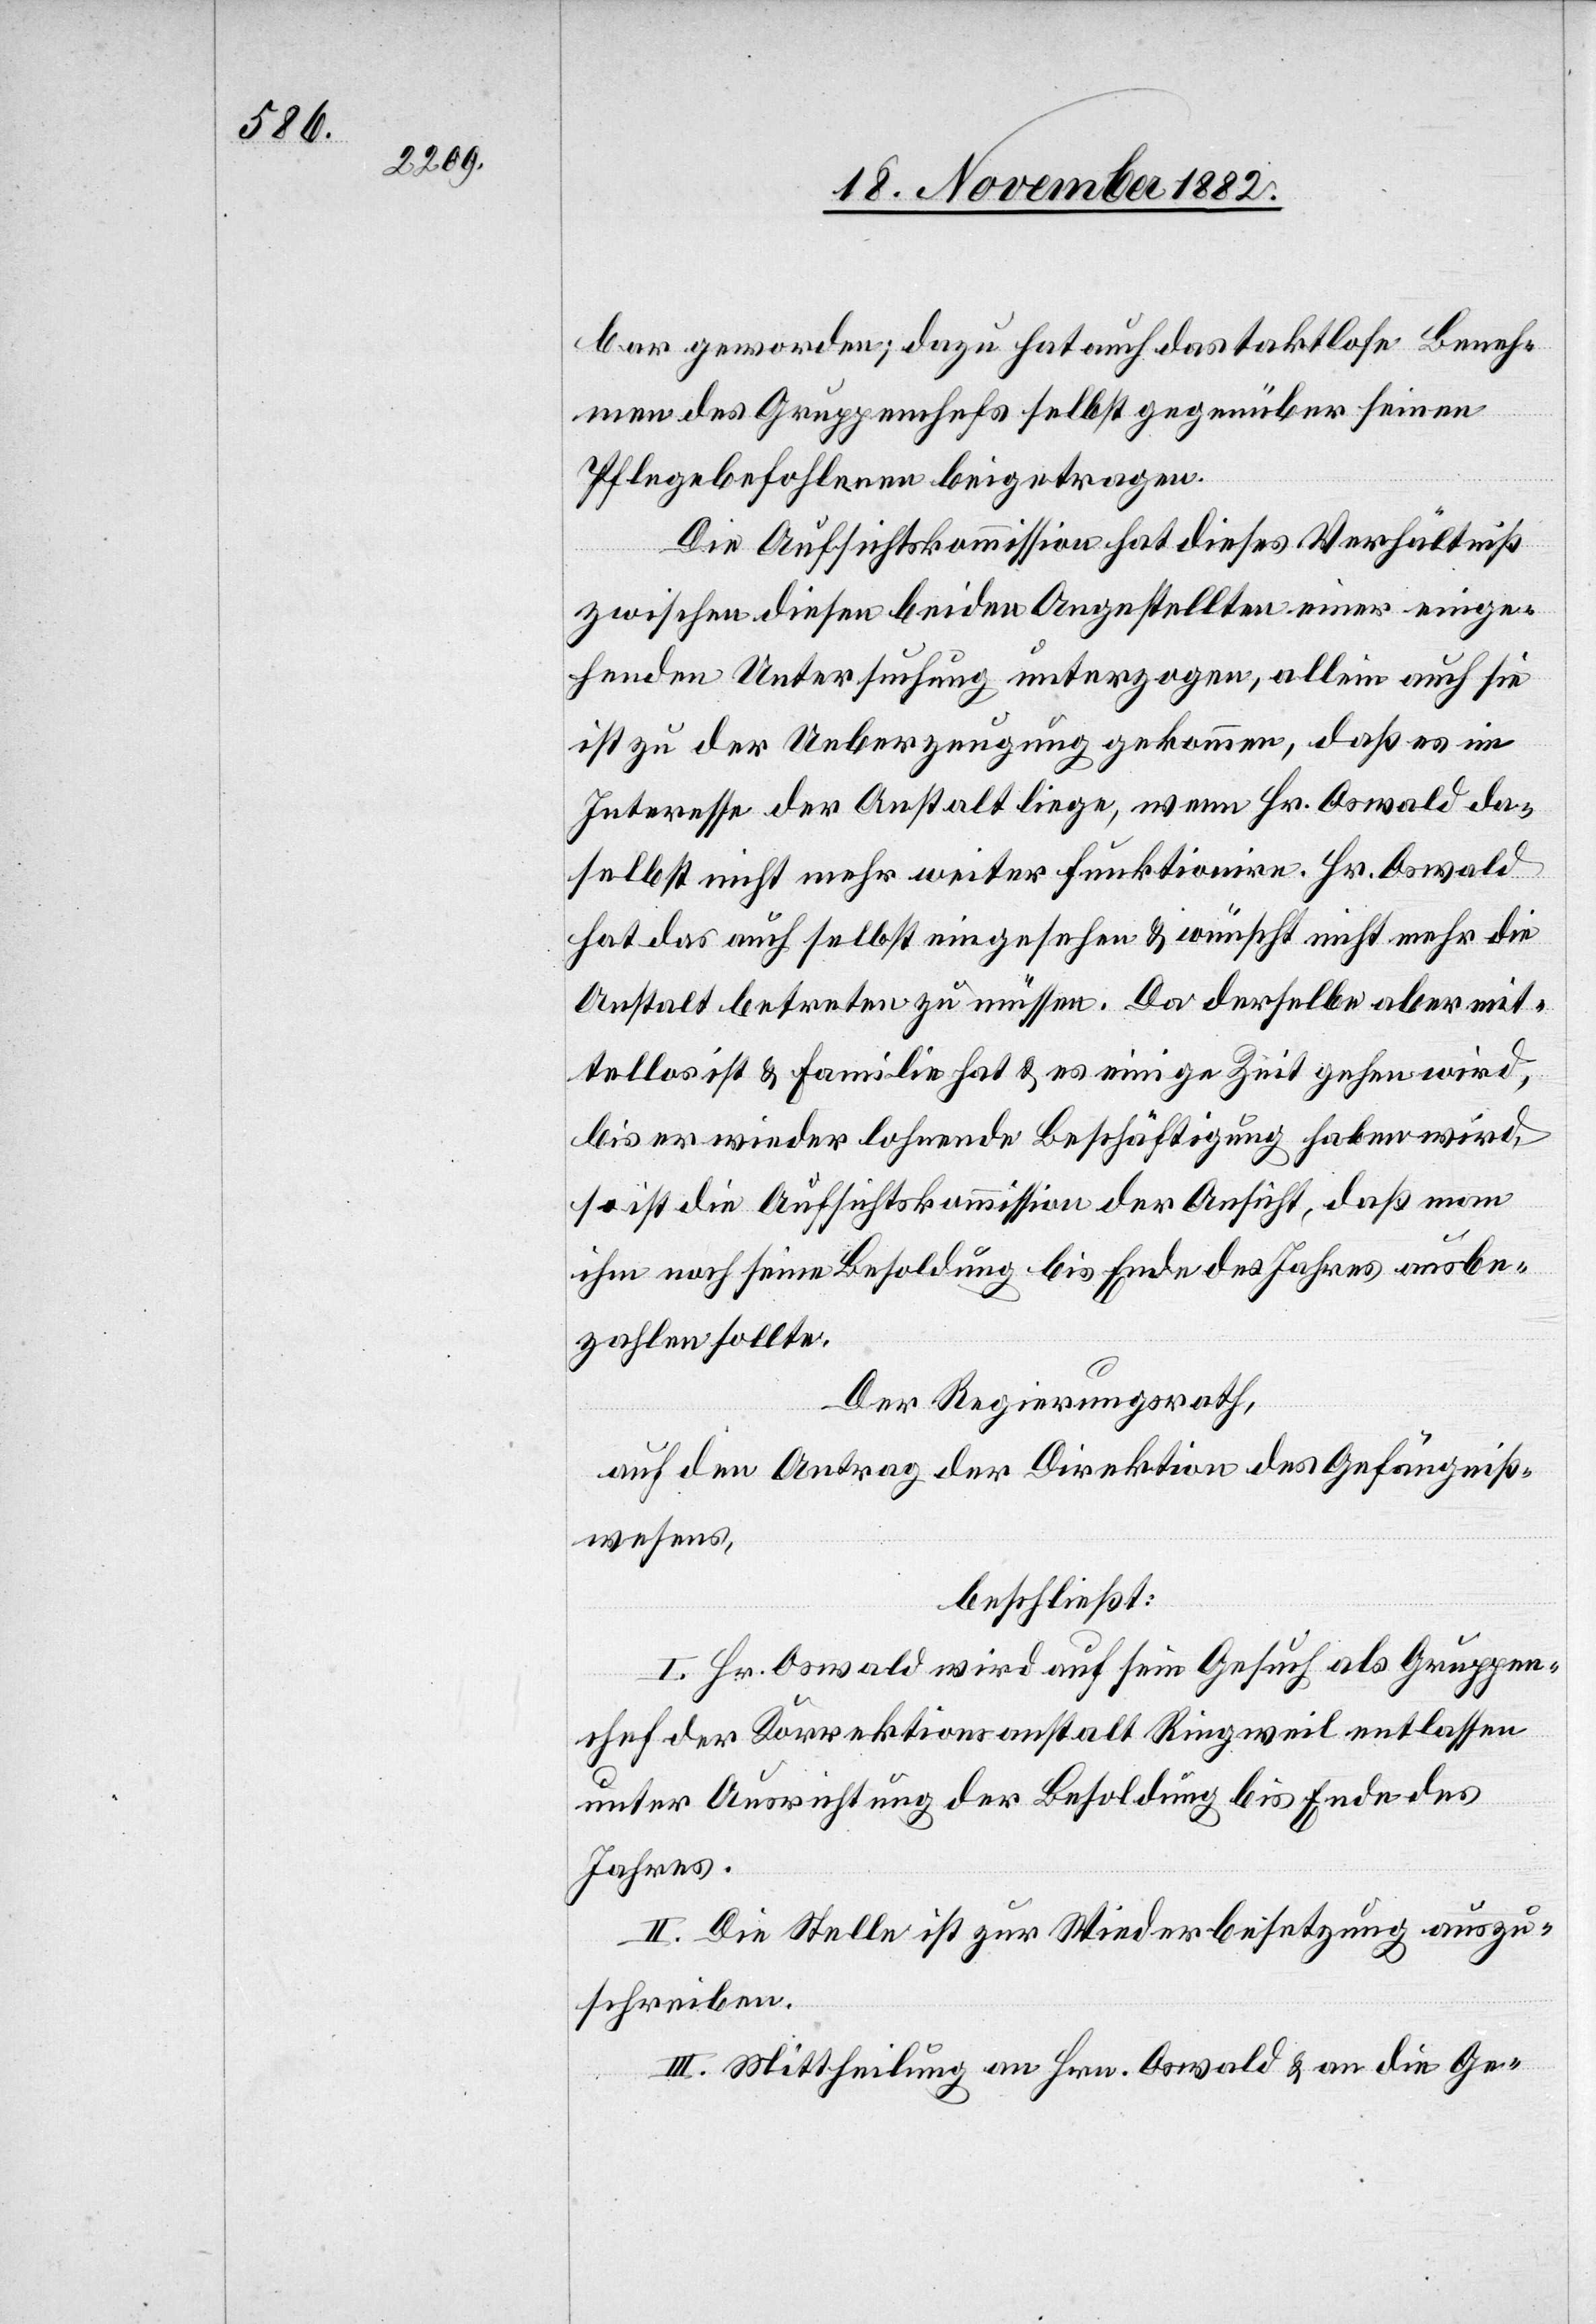
bar geworden; dazu hat auch das taktlose Beneh¬
men des Gruppenchefs selbst gegenüber seinen
Pflegebefohlenen beigetragen.
Die Aufsichtskommission hat dieses Verhältniß
zwischen diesen beiden Angestellten einer einge¬
henden Untersuchung unterzogen, allein auch sie
ist zu der Ueberzeugung gekommen, daß es im
Interesse der Anstalt liege, wenn Hr. Oswald da¬
selbst nicht mehr weiter funktionire. Hr. Oswald
hat das auch selbst eingesehen & wünscht nicht mehr die
Anstalt betreten zu müssen. Da derselbe aber mit¬
tellos ist & Familie hat & es einige Zeit gehen wird,
bis er wieder lohnende Beschäftigung haben wird,
so ist die Aufsichtskommission der Ansicht, daß man
ihm noch seine Besoldung bis Ende des Jahres ausbe¬
zahlen sollte.
Der Regierungsrath,
beschließt:
I. Hr. Oswald wird auf sein Gesuch als Gruppen¬
chef der Korrektionsanstalt Ringweil entlassen
unter Ausrichtung der Besoldung bis Ende des
Jahres.
II. Die Stelle ist zur Wiederbesetzung auszu¬
schreiben.
III. Mittheilung an Hrn. Oswald & an die Ge-